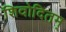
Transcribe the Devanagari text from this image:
शिवोदितम्